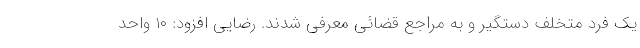
یک فرد متخلف دستگیر و به مراجع قضائی معرفی شدند. رضایی افزود: ۱۰ واحد